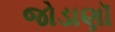
જોડાણૉ